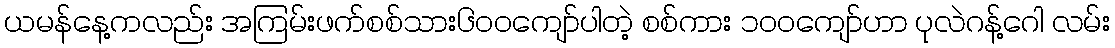
ယမန်နေ့ကလည်း အကြမ်းဖက်စစ်သား၆၀၀ကျော်ပါတဲ့ စစ်ကား ၁၀၀ကျော်ဟာ ပုလဲဂန့်ဂေါ လမ်း